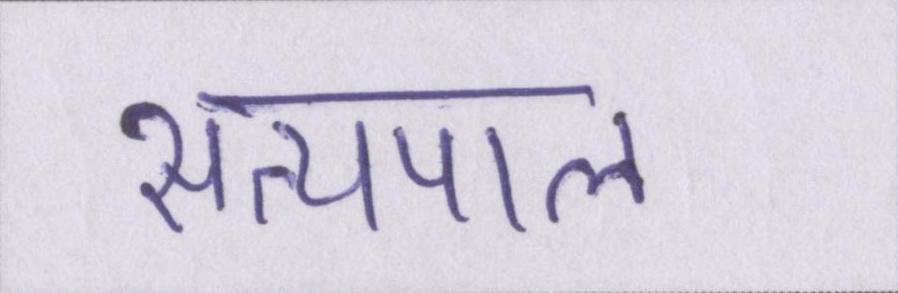
सत्यपाल